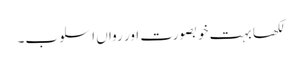
لکھا بہت خوبصورت اور رواں اسلوب۔